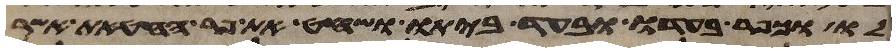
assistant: לו וכפר בעדו ובעד ביתו ושחט את פר החטאת אשר